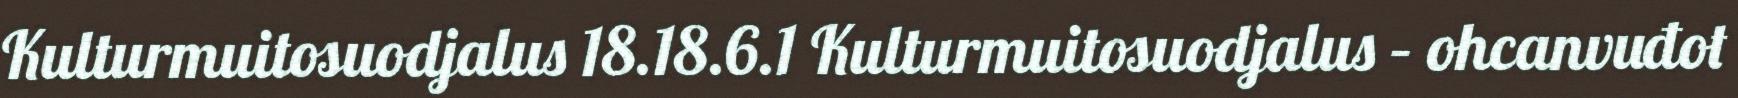
Kulturmuitosuodjalus 18.18.6.1 Kulturmuitosuodjalus – ohcanvuđot